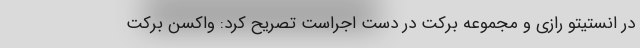
در انستیتو رازی و مجموعه برکت در دست اجراست تصریح کرد: واکسن برکت